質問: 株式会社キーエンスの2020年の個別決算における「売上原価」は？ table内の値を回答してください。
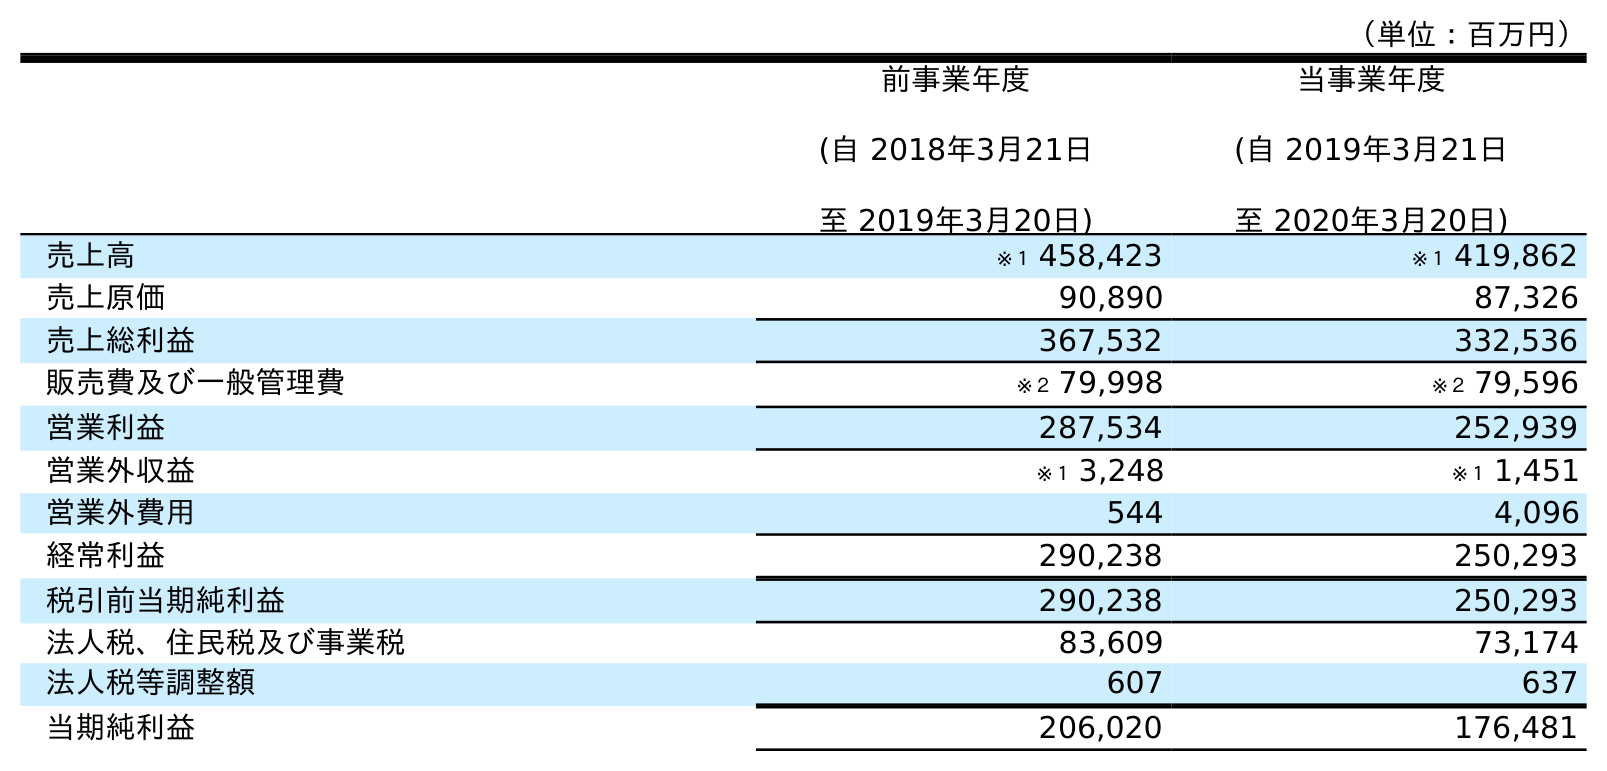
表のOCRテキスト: （単位：百万円） 前事業年度 (自 2018年3月21日 至 2019年3月20日) 当事業年度 (自 2019年3月21日 至 2020年3月20日) 売上高 ※１ 458,423 ※１ 419,862 売上原価 90,890 87,326 売上総利益 367,532 332,536 販売費及び一般管理費 ※２ 79,998 ※２ 79,596 営業利益 287,534 252,939 営業外収益 ※１ 3,248 ※１ 1,451 営業外費用 544 4,096 経常利益 290,238 250,293 税引前当期純利益 290,238 250,293 法人税、住民税及び事業税 83,609 73,174 法人税等調整額 607 637 当期純利益 206,020 176,481
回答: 87,326